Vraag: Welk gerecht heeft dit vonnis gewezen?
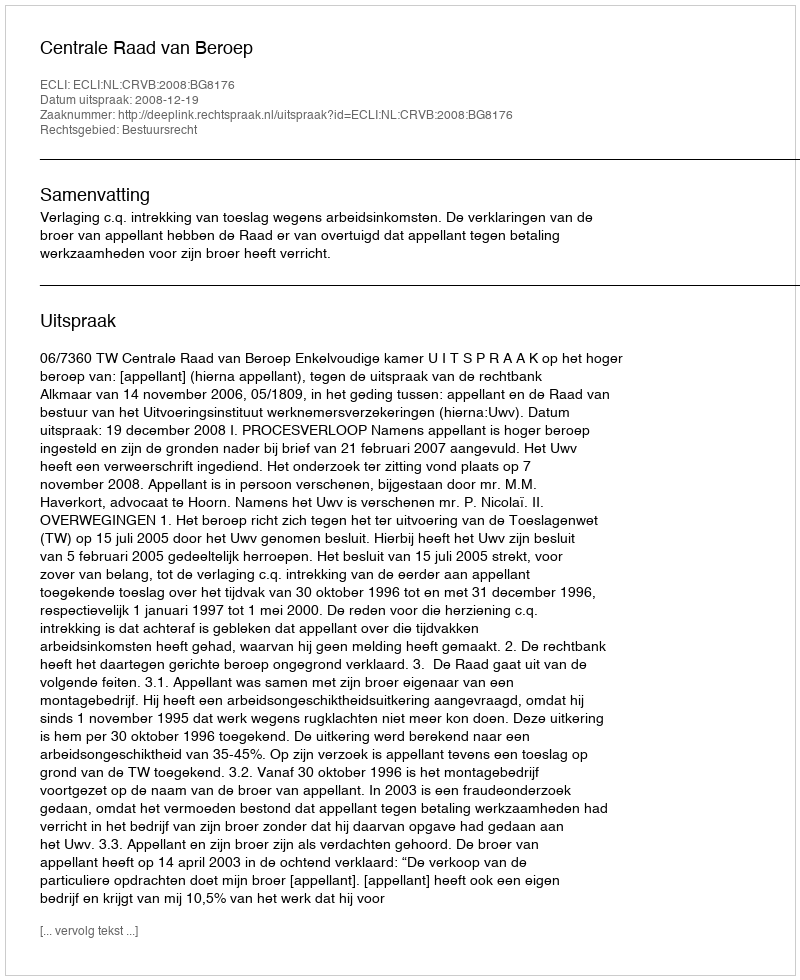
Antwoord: Centrale Raad van Beroep